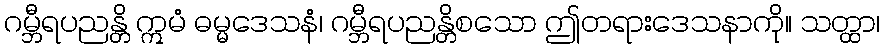
ဂမ္ဘီရပညန္တိ ဣမံ ဓမ္မဒေသနံ၊ ဂမ္ဘီရပညန္တိစသော ဤတရားဒေသနာကို။ သတ္ထာ၊